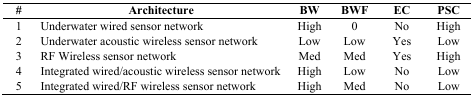
| # | Architecture | BW | BWF | EC | PSC |
 | --- | --- | --- | --- | --- | --- |
 | 1 | Underwater wired sensor network | High | 0 | No | High |
 | 2 | Underwater acoustic wireless sensor network | Low | Low | Yes | Low |
 | 3 | RF Wireless sensor network | Med | Med | Yes | High |
 | 4 | Integrated wired/acoustic wireless sensor network | High | Low | No | Low |
 | 5 | Integrated wired/RF wireless sensor network | High | Med | No | Low |